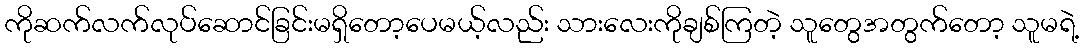
ကိုဆက်လက်လုပ်ဆောင်ခြင်းမရှိတော့ပေမယ့်လည်း သားလေးကိုချစ်ကြတဲ့ သူတွေအတွက်တော့ သူမရဲ့